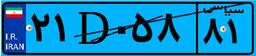
۲۱D۰۵۸۸۱